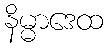
နိမ္မာဒေထ